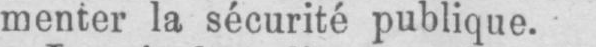
menter la sécurité publique.